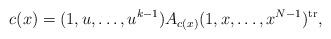
LaTeX: \begin{align*}c(x)=(1,u,\ldots,u^{k-1})A_{c(x)}(1,x,\ldots,x^{N-1})^{{\rm tr}},\end{align*}